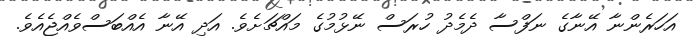
އަހަރެންނާ އޭނާގެ ނަފްސާ ދެމެދު ހުރަސް ނޭޅުމުގެ މައްޗަށެވެ. އަދި އޭނާ އެއްބަސްވެއްޖެއެވެ.